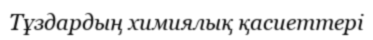
Тұздардың химиялық қасиеттері